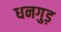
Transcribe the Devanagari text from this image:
धनगुड़